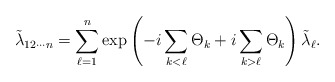
\begin{align*}\tilde{\lambda}_{12\cdots n}=\sum_{\ell=1}^{n}\exp\left( -i\sum_{k<\ell}\Theta_{k}+i\sum_{k>\ell}\Theta_{k}\right) \tilde{\lambda}_{\ell}.\end{align*}